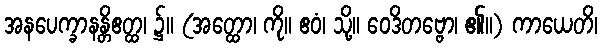
အနပေက္ခာနန္တိဧတ္ထ၊ ၌။ (အတ္ထော၊ ကို။ ဧဝံ၊ သို့။ ဝေဒိတဗ္ဗော၊ ၏။) ကာယေတိ၊